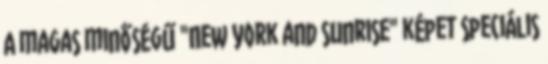
A magas minőségű "New York and sunrise" képet speciális